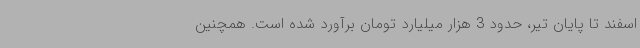
اسفند تا پایان تیر، حدود 3 هزار میلیارد تومان برآورد شده است. همچنین